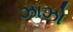
ઝાઝો